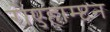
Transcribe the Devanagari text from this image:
रोएहाम्प्टन